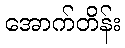
အောက်တိန်း